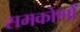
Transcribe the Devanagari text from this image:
समकोणों